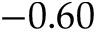
- 0 . 6 0